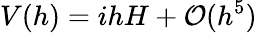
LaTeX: V(h)=ihH+\mathcal{O}(h^{5})